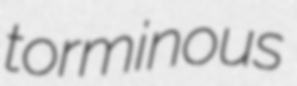
torminous